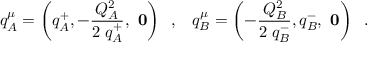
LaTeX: q _ { A } ^ { \mu } = \left( q _ { A } ^ { + } , - { \frac { Q _ { A } ^ { 2 } } { 2 \; q _ { A } ^ { + } } } , { \mathrm { \bf ~ 0 } } \right) \; \; , \; \; \; q _ { B } ^ { \mu } = \left( - { \frac { Q _ { B } ^ { 2 } } { 2 \; q _ { B } ^ { - } } } , q _ { B } ^ { - } , { \mathrm { \bf ~ 0 } } \right) \; \; .